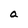
Character: a